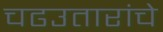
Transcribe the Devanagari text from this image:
चढउतारांचे